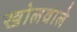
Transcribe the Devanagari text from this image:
खोलवाले